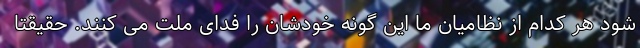
شود هر کدام از نظامیان ما این گونه خودشان را فدای ملت می کنند. حقیقتاً